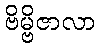
ဗိမ္ဗိဇာလာ